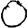
Digit: 0